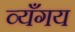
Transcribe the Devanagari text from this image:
व्यँगय